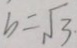
b = \sqrt { 3 }